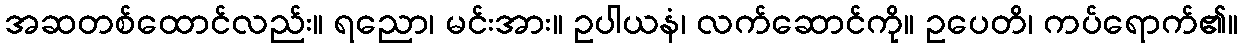
အဆတစ်ထောင်လည်း။ ရညော၊ မင်းအား။ ဥပါယနံ၊ လက်ဆောင်ကို။ ဥပေတိ၊ ကပ်ရောက်၏။